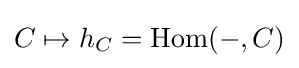
C\mapsto h_{C}=\operatorname {Hom} (-,C)